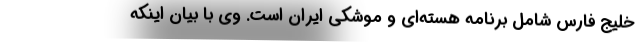
خلیج فارس شامل برنامه هسته‌ای و موشکی ایران است. وی با بیان اینکه